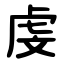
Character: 虔